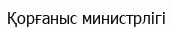
Қорғаныс министрлігі